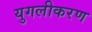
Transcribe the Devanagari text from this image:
युगलीकरण